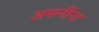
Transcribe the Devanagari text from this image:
अशनींना